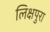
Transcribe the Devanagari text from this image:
लिक्षपुरा